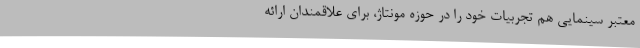
معتبر سینمایی هم تجربیات خود را در حوزه مونتاژ، برای علاقمندان ارائه